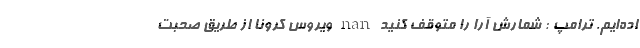
اده‌ایم. ترامپ : شمارش آرا را متوقف کنید nan ویروس کرونا از طریق صحبت